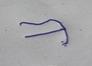
Signature authenticity: forged